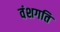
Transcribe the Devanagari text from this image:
वंशगति